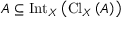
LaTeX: A \subseteq \operatorname { I n t } _ { X } \left( \operatorname { C l } _ { X } \left( A \right) \right)